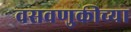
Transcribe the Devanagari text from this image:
वसवणुकीच्या